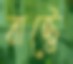
রাষ্ট্রে